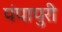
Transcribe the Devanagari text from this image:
पंपापुरी